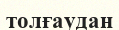
толғаудан